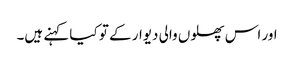
اور اس پھلوں والی دیوار کے تو کیا کہنے ہیں۔